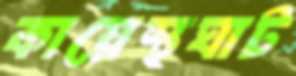
কায়েস্থঘাট